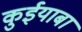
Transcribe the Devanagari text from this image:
कुईयाबा